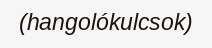
(hangolókulcsok)